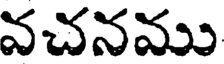
వచనము